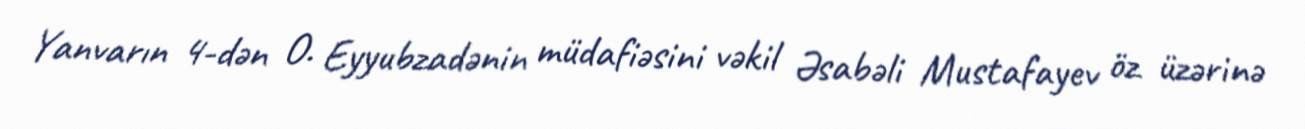
Yanvarın 4-dən O. Eyyubzadənin müdafiəsini vəkil Əsabəli Mustafayev öz üzərinə